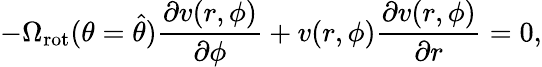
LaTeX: -\Omega_{\mathrm{rot}}(\theta=\hat{\theta})\frac{\partial v(r,\phi)}{\partial\phi}+v(r,\phi)\frac{\partial v(r,\phi)}{\partial r}=0,